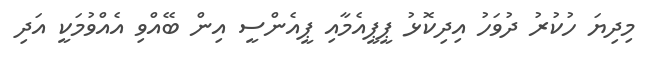
މިދިޔަ ހުކުރު ދުވަހު އިދިކޮޅު ޕީޕީއެމާއި ޕީއެންސީ އިން ބޭއްވި އެއްވުމަކީ އަދި